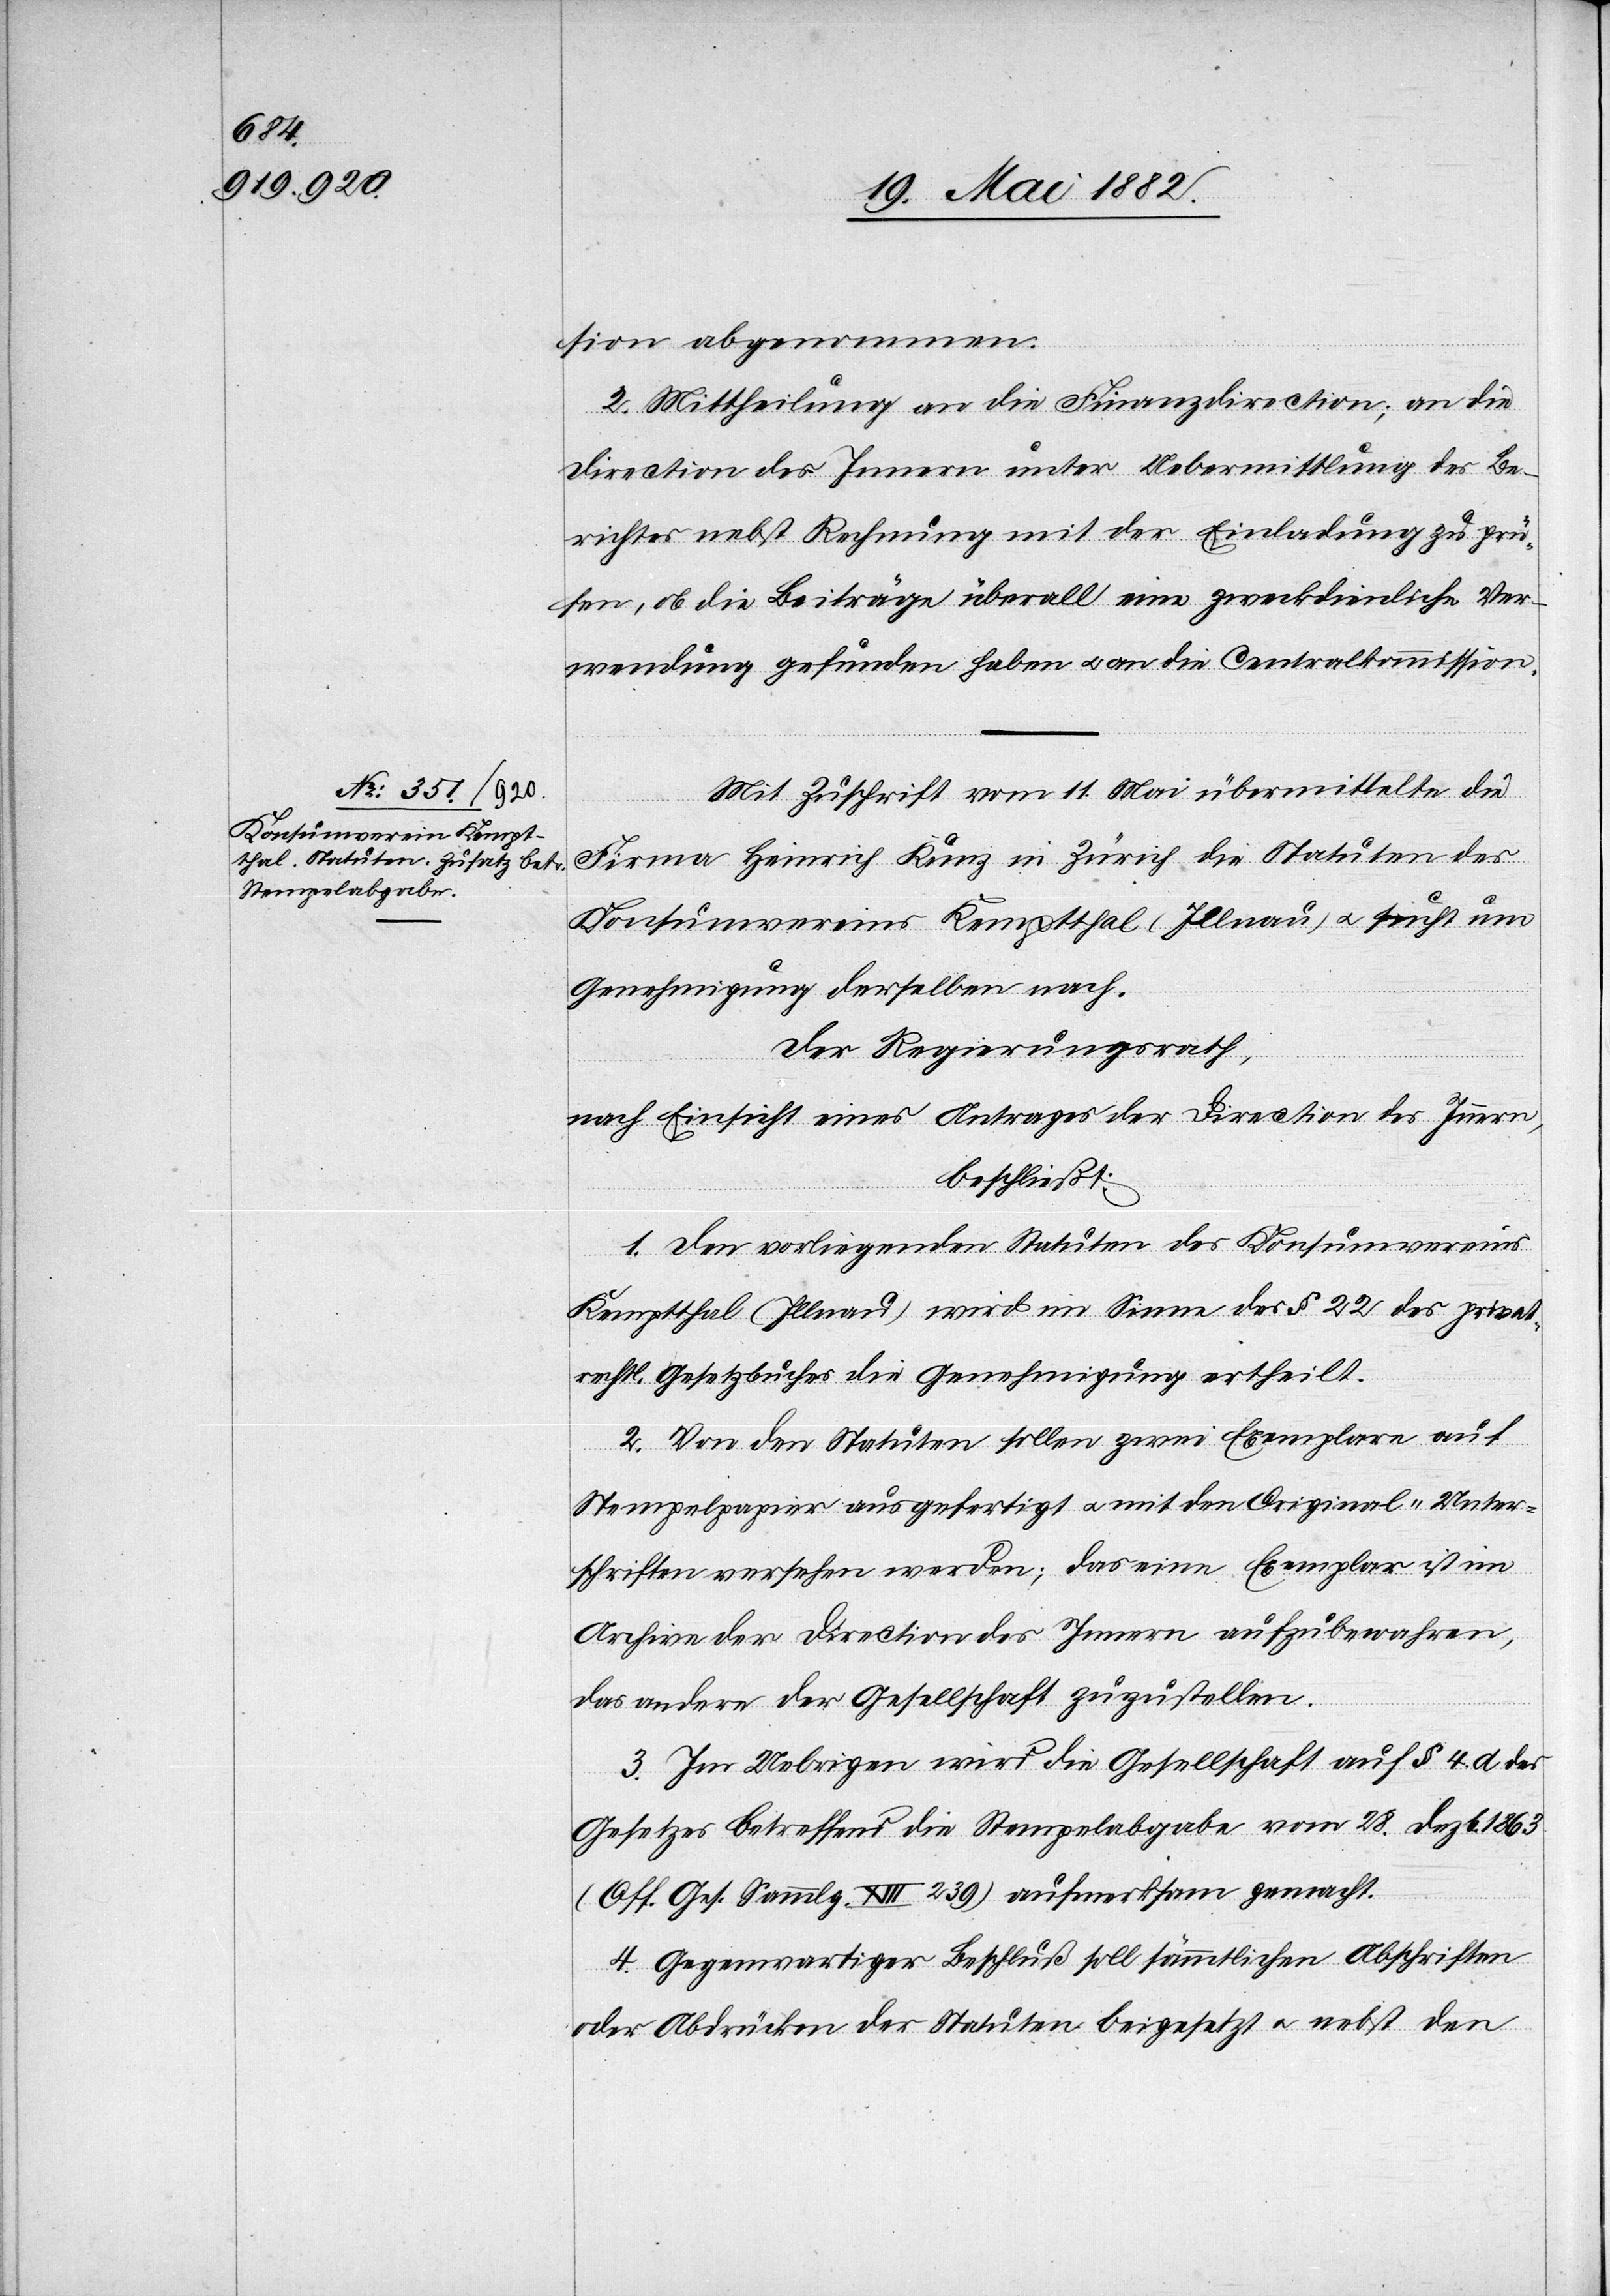
sion abgenommen.
2. Mittheilung an die Finanzdirection; an die
Direction des Innern unter Uebermittlung des Be¬
richtes nebst Rechnung mit der Einladung zu prü¬
fen, ob die Beiträge überall eine zweckdienliche Ver¬
wendung gefunden haben u. an die Centralcommission.
Mit Zuschrift vom 11. Mai übermittelte die
Firma Heinrich Kunz in Zürich die Statuten des
Konsumvereins Kemptthal (Illnau) u. sucht um
Genehmigung derselben nach.
Der Regierungsrath,
nach Einsicht eines Antrages der Direction des Innern,
beschließt:
1. Den vorliegenden Statuten des Konsumvereins
Kemptthal (Illnau) wird im Sinne des § 22 des privat¬
rechtl. Gesetzbuches die Genehmigung ertheilt.
2. Von den Statuten sollen zwei Exemplare auf
Stempelpapier ausgefertigt u. mit den Original-Unter¬
schriften versehen werden; das eine Exemplar ist im
Archive der Direction des Innern aufzubewahren,
das andere der Gesellschaft zuzustellen.
3. Im Uebrigen wird die Gesellschaft auf § 4 des
Gesetzes betreffend die Stempelabgabe vom 28. Dezbr. 11863
(O[e]ff. Ges. Sammlg. XIII 239) aufmerksam gemacht.
4. Gegenwärtiger Beschluß soll sämmtlichen Abschriften
oder Abdrücken der Statuten beigesetzt u. nebst den